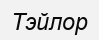
Тэйлор